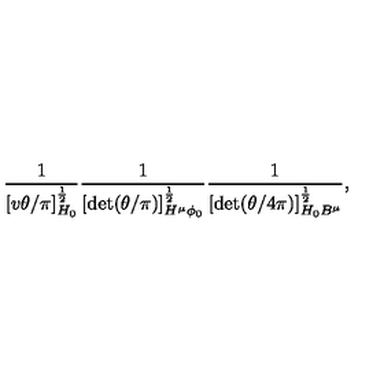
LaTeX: \frac { 1 } { [ v \theta / \pi ] _ { H _ { \scriptscriptstyle 0 } } ^ { \frac { 1 } { 2 } } } \frac { 1 } { [ \det ( \theta / \pi ) ] _ { H ^ { \mu } \phi _ { \scriptscriptstyle 0 } } ^ { \frac { 1 } { 2 } } } \frac { 1 } { [ \det ( \theta / 4 \pi ) ] _ { H _ { \scriptscriptstyle 0 } B ^ { \mu } } ^ { \frac { 1 } { 2 } } } ,